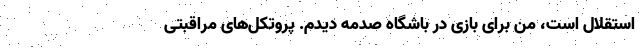
استقلال است، من برای بازی در باشگاه صدمه دیدم‌. پروتکل‌های مراقبتی